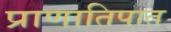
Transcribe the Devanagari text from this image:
प्राणातिपात